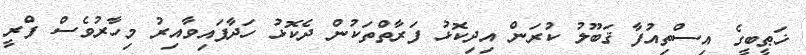
ޚަޠީބީގެ އިސްތިއުފާ ޤަބޫލު ކުރަން އިދިކޮޅު ފަރާތްތަކުން ދެކޮޅު ހަދާފައިވާއިރު މިހާރުވެސް ފްރީ